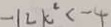
- 1 2 k ^ { 2 } < - 4